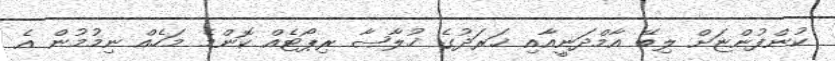
ކުންފުންޏަށް ލިބޭ އާމްދަނީއާއި ޚަރަދުގެ ޚުލާޞާ ރިޕޯޓެއް ކޮންމެ މަހެއް ނިމުމުން އެ